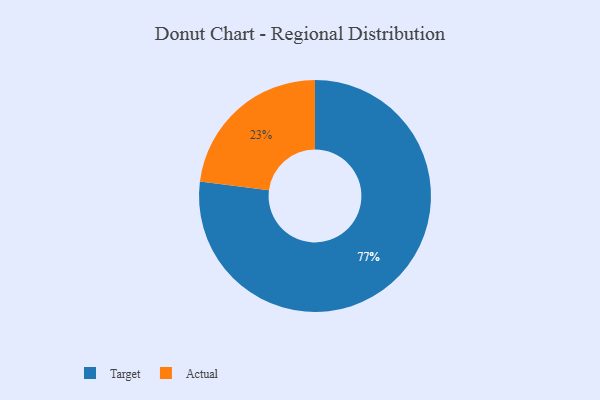
{"axis": {"x": "Category", "y": "Percentage"}, "legend": ["Actual", "Target"], "data": [{"x": "Target", "y": 77, "type": "Target"}, {"x": "Actual", "y": 23, "type": "Actual"}]}